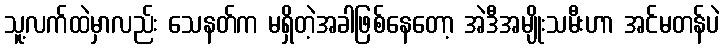
သူ့လက်ထဲမှာလည်း သေနတ်က မရှိတဲ့အခါဖြစ်နေတော့ အဲဒီအမျိုးသမီးဟာ အင်မတန်ပဲ